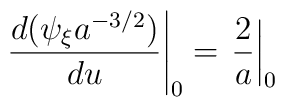
\left.\frac{d(\psi_{\xi} a^{-3/2})}{du}\right|_{0}=\left.\frac{2}{a}\right|_{0}